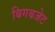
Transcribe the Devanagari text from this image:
बिगबजेट